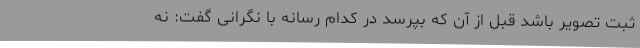
ثبت تصویر باشد قبل از آن که بپرسد در کدام رسانه با نگرانی گفت: نه